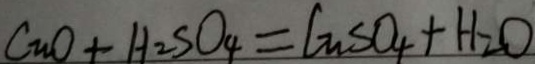
C u O + H _ { 2 } S O _ { 4 } = C _ { n } S O _ { 4 } + H _ { 2 } O